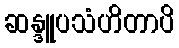
ဆန္ဒူပသံဟိတာပိ